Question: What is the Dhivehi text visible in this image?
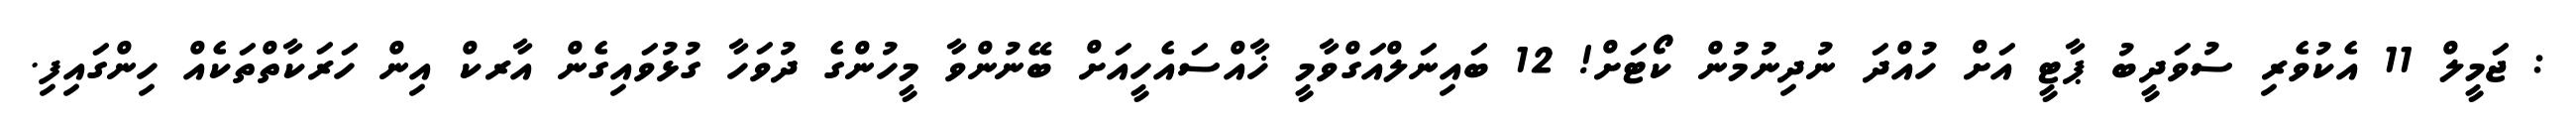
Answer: : ޖަމީލް 11 އެކުވެރި ސުވަދީބު ޕާޓީ އަށް ހުއްދަ ނުދިނުމުން ކޯޓަށް! 12 ބައިނަލްއަގްވާމީ ޚާއްސައެހީއަށް ބޭނުންވާ މީހުންގެ ދުވަހާ ގުޅުވައިގެން އާރކް އިން ހަރަކާތްތަކެއް ހިންގައިފި.